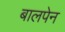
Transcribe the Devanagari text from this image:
बालपेन